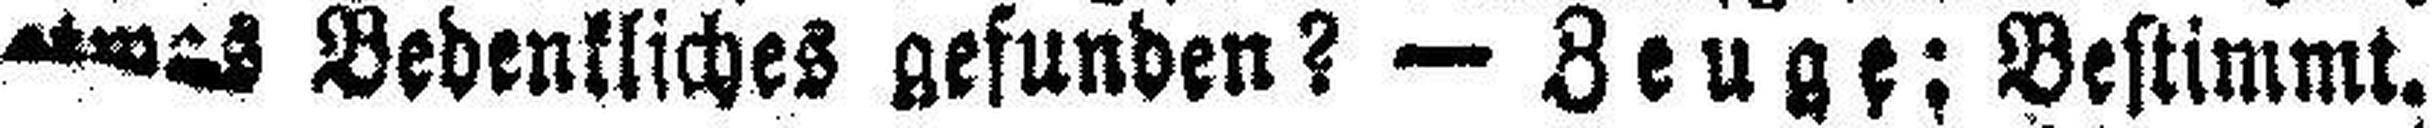
etwas Bedenkliches gefunden? — Zeuge: Bestimmt.